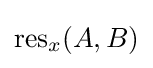
\operatorname {res} _{x}(A,B)